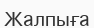
Жалпыға